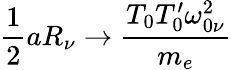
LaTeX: \frac{1}{2}aR_{\nu}\rightarrow\frac{T_{0}T_{0}^{\prime}\omega_{0\nu}^{2}}{m_{e}}